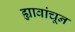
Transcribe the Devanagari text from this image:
ह्यावांचून